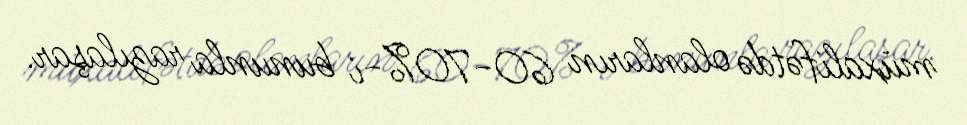
müxalifətdə olanların 60-70%-i bununla razılaşar.